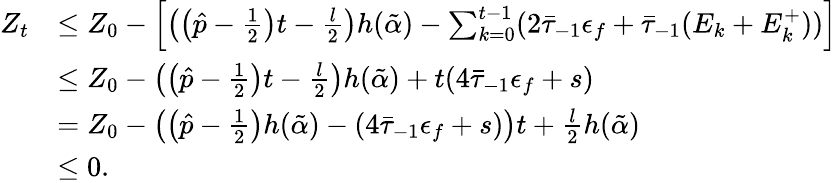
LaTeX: \begin{array}{rl}{Z_{t}}&{\leq Z_{0}-\left[\left(\left(\hat{p}-\frac 12\right)t-\frac{l}{2}\right)h(\tilde{\alpha})-\sum_{k=0}^{t-1}(2\bar{\tau}_{-1}\epsilon_{f}+\bar{\tau}_{-1}(E_{k}+E_{k}^{+}))\right]}\\ &{\leq Z_{0}-\left(\left(\hat{p}-\frac 12\right)t-\frac{l}{2}\right)h(\tilde{\alpha})+t(4\bar{\tau}_{-1}\epsilon_{f}+s)}\\ &{=Z_{0}-\left(\left(\hat{p}-\frac 12\right)h(\tilde{\alpha})-(4\bar{\tau}_{-1}\epsilon_{f}+s)\right)t+\frac{l}{2}h(\tilde{\alpha})}\\ &{\leq 0.}\end{array}